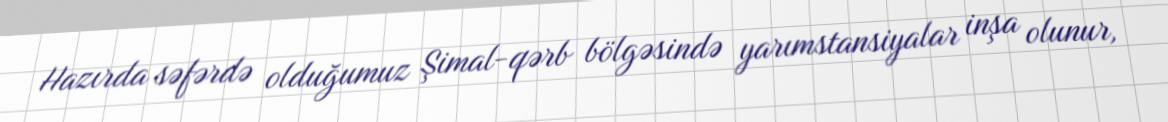
Hazırda səfərdə olduğumuz Şimal-qərb bölgəsində yarımstansiyalar inşa olunur,